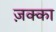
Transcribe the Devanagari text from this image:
ज़क्का